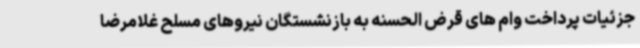
جزئیات پرداخت وام های قرض الحسنه به بازنشستگان نیروهای مسلح غلامرضا